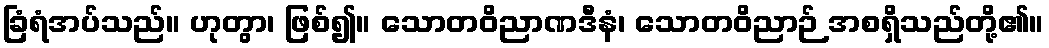
ခြံရံအပ်သည်။ ဟုတွာ၊ ဖြစ်၍။ သောတဝိညာဏဒီနံ၊ သောတဝိညာဉ် အစရှိသည်တို့၏။